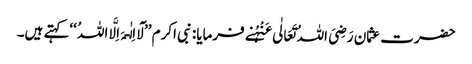
حضرت عثمان رَضِیَ اللہُ تَعَالٰی عَنْہُنے فرمایا: نبی اکرم ’’لَآ اِلٰـہَ اِلَّا اللہُ ‘‘کہتے ہیں۔